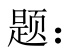
题：